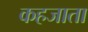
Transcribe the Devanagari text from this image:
कहजाता